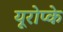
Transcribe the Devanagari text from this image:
यूरोप्के